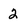
Character: 2